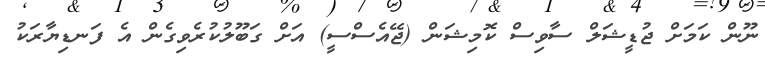
ނޫން ކަމަށް ޖުޑީޝަލް ސާވިސް ކޮމިޝަން (ޖޭއެސްސީ) އަށް ގަބޫލުކުރެވިގެން އެ ފަނޑިޔާރަކު